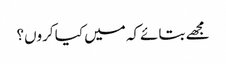
مجھے بتائےکہ میں کیا کروں؟